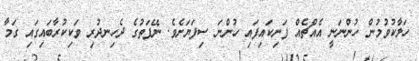
ހަލާކުވުމުން ހުންނަނީ އެއްޗެއް ފަނިކައިފައި ހުންނަ ސިފަޔަށެވެ. ނޭފަތުގެ ދެހިނދުރި ވަކިކުރާބައިގައި ގަމާ